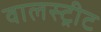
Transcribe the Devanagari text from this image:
वालस्ट्रीट